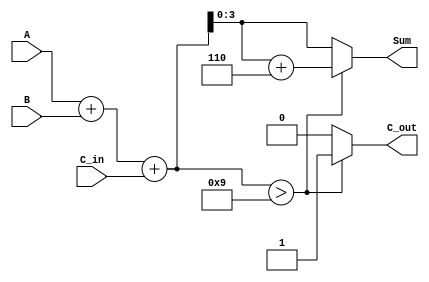
module BCD_Conditional_Adder (
    input  wire [3:0] A,      // First BCD digit
    input  wire [3:0] B,      // Second BCD digit
    input  wire C_in,         // Carry input
    output reg  [3:0] Sum,    // BCD sum output
    output reg  C_out         // Carry output
);

    wire [4:0] Temp_Sum;      // 5-bit sum to accommodate carry
    wire        is_greater_than_9; // Flag to check if Temp_Sum > 9

    // Step 1: Perform the initial addition
    assign Temp_Sum = A + B + C_in;

    // Step 2: Check if the Temp_Sum exceeds 9
    assign is_greater_than_9 = Temp_Sum > 4'b1001;

    // Step 3: Determine the final output Sum and C_out
    always @(*) begin
        if (is_greater_than_9) begin
            Sum = Temp_Sum + 4'b0110; // Adjust by adding 6
            C_out = 1;                // Set carry out
        end else begin
            Sum = Temp_Sum[3:0];      // No adjustment needed
            C_out = 0;                // No carry out
        end
    end

endmodule